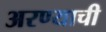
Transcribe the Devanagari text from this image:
अरण्याची